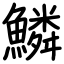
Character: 鱗